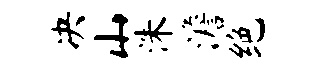
决山洙澹绝